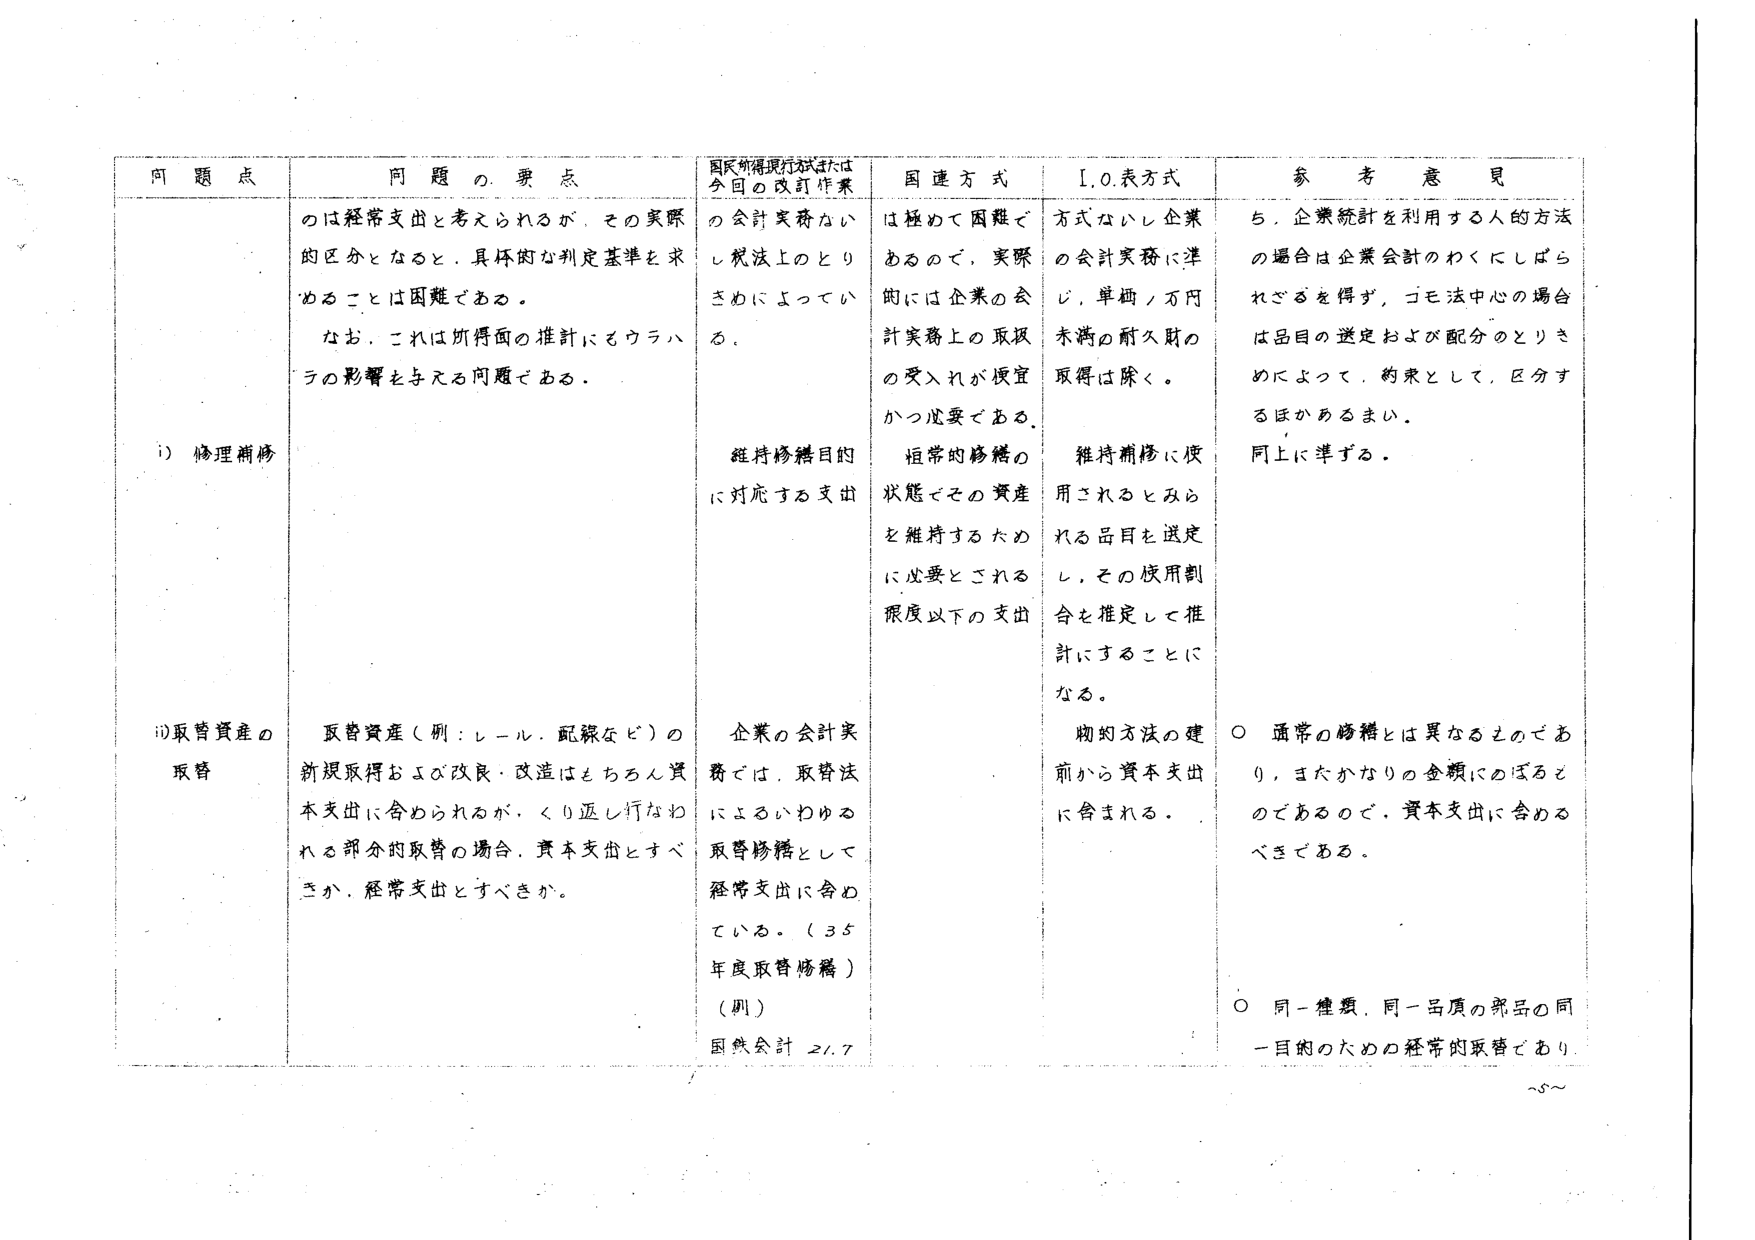
問題点 問題の要点 国民所得現行法または 今回の改訂作業 国連方式 I.O.表方式 参考意見 のは経常支出と考えられるが、その実際 の会計実務ない は極めて困難で 方式ないし企業 ち、企業統計を利用する人的方法 的区分となると、具体的な判定基準を求 し税法上のとり あるので、実際に の会計実務に準 の場合は企業会計のわくにしばら めることは困難である。 さわによってい 的には企業の会 じ、単価／万円 れざるを得ず、コモ法中心の場合は なお、これは所得面の推計にもウラハ る。 計実務上の取扱 未満の耐久財の 品目の選定および配分のとりさ ラの影響を与える問題である。 の受入れが便宜 取得は除く。 めによって、約束として、区分す かつ必要である。 るほかあるまい。 ①修理補修 維持修繕目的 恒常的修繕の 維持補修に使 同上に準ずる。 に対応する支出 状態とその資産 用されるとみら を維持するため れる品目を选定 に必要とされる し、その使用割 限度以下の支出 合を推定して推 計にすることに なる。 物的方法の建 ②取替資産の 取替資産（例：レール、配線など）の 企業の会計実 前から資本支出 ○ 通常の修繕とは異なるものであ 取替 新規取得および改良・改造はもちろん資 費では、取替法 に含まれる。 り、またかなりの金額にのぼると 本支出に含められるが、くり返し行なわ によるいわゆる のであるので、資本支出に含める れる部分的取替の場合、資本支出とすべ 取替修繕として べきである。 きか、経常支出とすべきか。 経常支出に含め ている。（35 年度取替修繕） （例） 国鉄会計 27.7 ○ 同一種類、同一品目の部品の同 一目的のための経常的取替であり。 ~5~